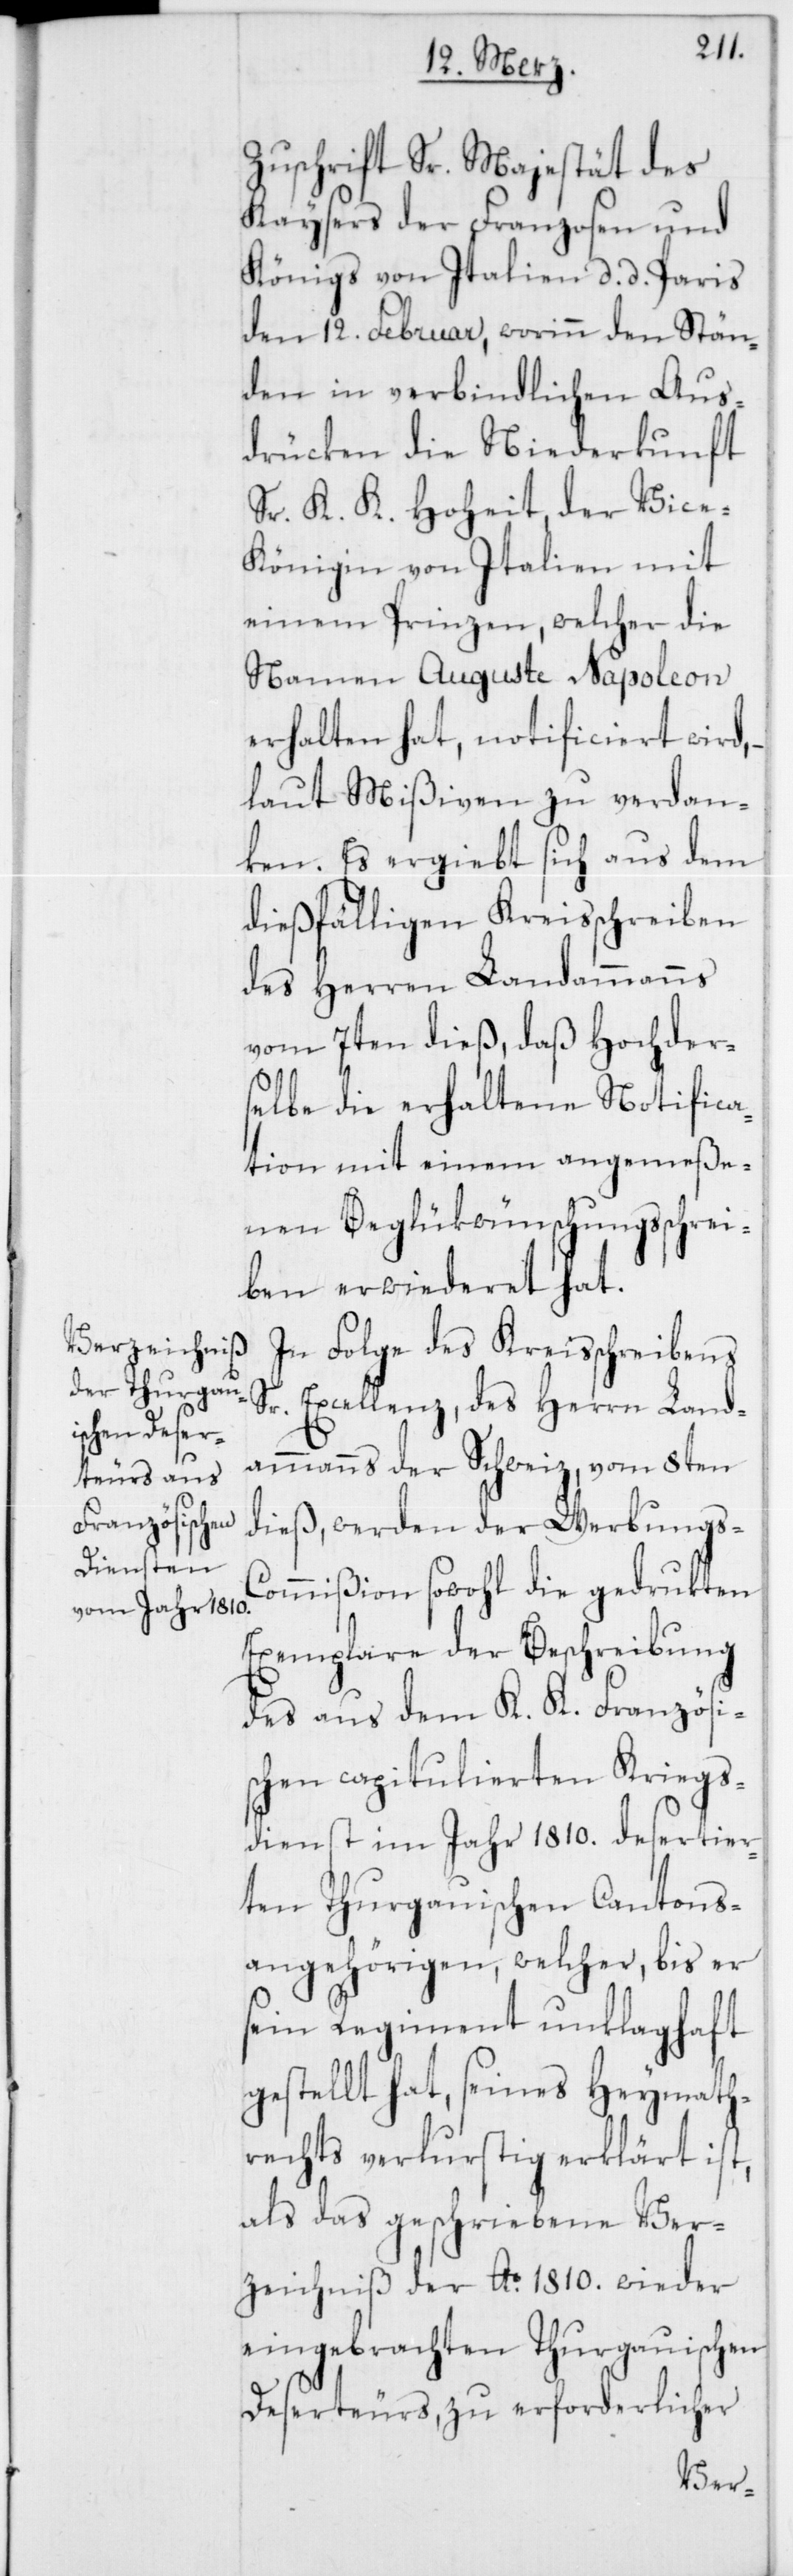
Zuschrift Sr. Majestät des
Kaysers der Franzosen und
Königs von Italien, d. d. Paris
den 12. Febraur, worinn den Stän¬
den in verbindlichen Aus¬
drücken die Niederkunft
Sr. K. K. Hoheit, der Vice-K¬
önigin von Italien mit
einem Prinzen, welcher die
Namen Auguste Napoleon
erhalten hat, notificiert wird,
laut Mißiven zu verdan¬
ken. Es ergiebt sich aus dem
dießfälligen Kreisschreiben
des Herrn Landammanns
vom 7ten dieß, daß Hochder¬
selbe die erhaltene Notifica¬
tion mit einem angemeße¬
nem Beglükwünschungsschrei¬
ben erwiederet hat.
In Folge des Kreisschreibens
Sr. Excellenz, des Herrn Land¬
ammanns der Schweiz, vom 8ten
dieß, werden der Werbungs-C¬
ommißion sowohl die gedrukten
Exemplare der Beschreibung
des aus dem K. K. Französi¬
schen capitulierten Kriegs¬
dienst im Jahr 1810. desertier¬
ten Thurgauischen Cantons¬
angehörigen, welcher, bis er
sein Regiment unklaghaft
gestellt hat, seines Heymath¬
rechts verlustig erklärt ist,
als das geschriebene Ver¬
zeichniß der Ao. 1810. wieder
eingebrachten Thurgauischen
Deserteurs, zu erforderlicher